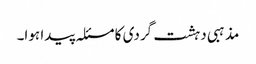
مذہبی دہشت گردی کا مسئلہ پیدا ہوا۔